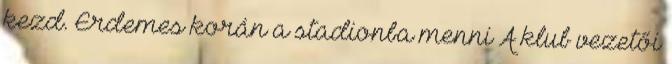
kezd. Érdemes korán a stadionba menni A klub vezetői